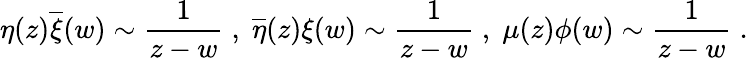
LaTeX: \eta(z)\overline{{{\xi}}}(w)\sim\frac{1}{z-w}\; ,\; \overline{{{\eta}}}(z){\xi}(w)\sim\frac{1}{z-w}\; ,\; \mu(z){\phi}(w)\sim\frac{1}{z-w}\; .